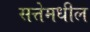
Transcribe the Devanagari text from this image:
सत्तेमधील